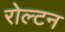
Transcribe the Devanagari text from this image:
रोल्टन